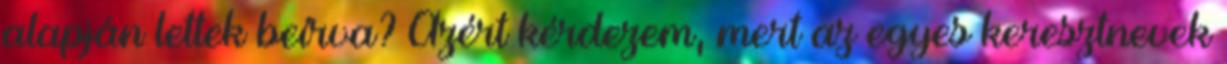
alapján lettek beírva? Azért kérdezem, mert az egyes keresztnevek